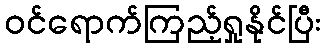
ဝင်ရောက်ကြည့်ရှုနိုင်ပြီး